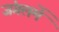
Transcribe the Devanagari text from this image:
जंगलमें